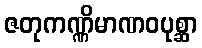
ဇတုကဏ္ဏိမာဏဝပုစ္ဆာ